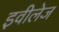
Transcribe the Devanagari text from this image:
इवीलेज